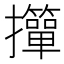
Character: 𢹺